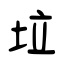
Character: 垃